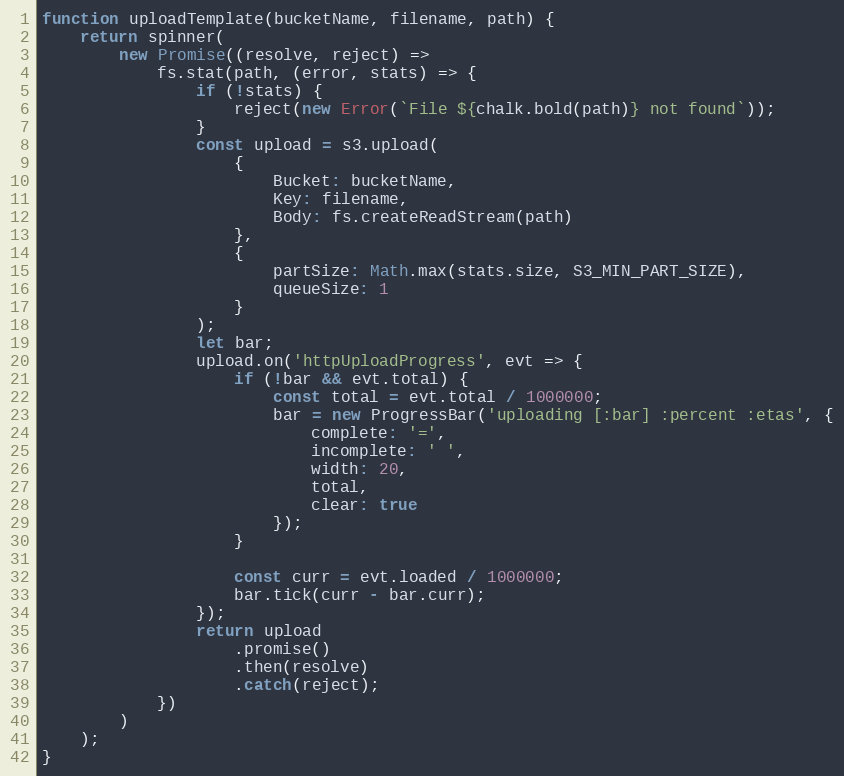
Language: JavaScript
function uploadTemplate(bucketName, filename, path) {
    return spinner(
        new Promise((resolve, reject) =>
            fs.stat(path, (error, stats) => {
                if (!stats) {
                    reject(new Error(`File ${chalk.bold(path)} not found`));
                }
                const upload = s3.upload(
                    {
                        Bucket: bucketName,
                        Key: filename,
                        Body: fs.createReadStream(path)
                    },
                    {
                        partSize: Math.max(stats.size, S3_MIN_PART_SIZE),
                        queueSize: 1
                    }
                );
                let bar;
                upload.on('httpUploadProgress', evt => {
                    if (!bar && evt.total) {
                        const total = evt.total / 1000000;
                        bar = new ProgressBar('uploading [:bar] :percent :etas', {
                            complete: '=',
                            incomplete: ' ',
                            width: 20,
                            total,
                            clear: true
                        });
                    }

                    const curr = evt.loaded / 1000000;
                    bar.tick(curr - bar.curr);
                });
                return upload
                    .promise()
                    .then(resolve)
                    .catch(reject);
            })
        )
    );
}